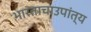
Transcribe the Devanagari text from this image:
भारताचाउपांत्य